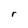
Character: r